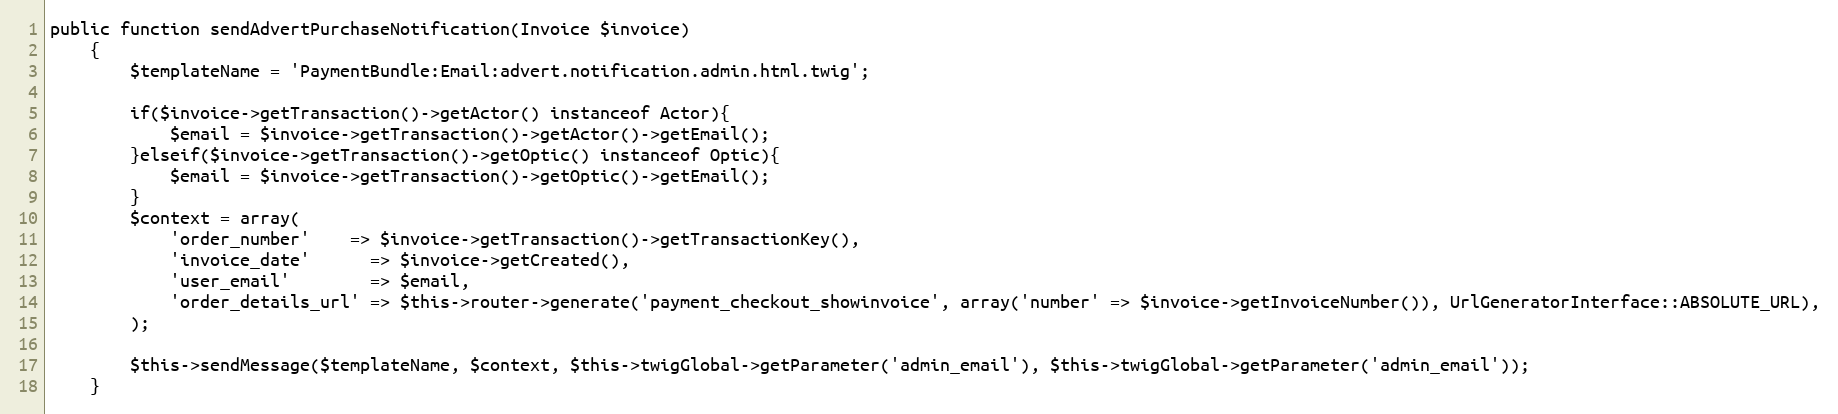
Language: PHP
public function sendAdvertPurchaseNotification(Invoice $invoice)
    {
        $templateName = 'PaymentBundle:Email:advert.notification.admin.html.twig';

        if($invoice->getTransaction()->getActor() instanceof Actor){
            $email = $invoice->getTransaction()->getActor()->getEmail();
        }elseif($invoice->getTransaction()->getOptic() instanceof Optic){
            $email = $invoice->getTransaction()->getOptic()->getEmail();
        }
        $context = array(
            'order_number'    => $invoice->getTransaction()->getTransactionKey(),
            'invoice_date'      => $invoice->getCreated(),
            'user_email'        => $email,
            'order_details_url' => $this->router->generate('payment_checkout_showinvoice', array('number' => $invoice->getInvoiceNumber()), UrlGeneratorInterface::ABSOLUTE_URL),
        );

        $this->sendMessage($templateName, $context, $this->twigGlobal->getParameter('admin_email'), $this->twigGlobal->getParameter('admin_email'));
    }